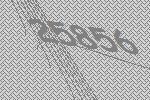
25856